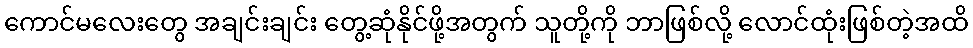
ကောင်မလေးတွေ အချင်းချင်း တွေ့ဆုံနိုင်ဖို့အတွက် သူတို့ကို ဘာဖြစ်လို့ လောင်ထုံးဖြစ်တဲ့အထိ